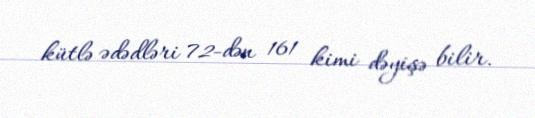
kütlə ədədləri 72-dən 161 kimi dəyişə bilir.